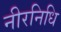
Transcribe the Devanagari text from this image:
नीरनिधि